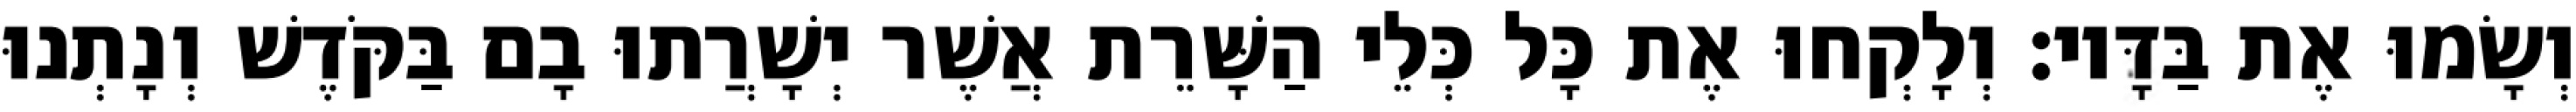
וְשָׂמוּ אֶת בַּדָּיו׃ וְלָקְחוּ אֶת כָּל כְּלֵי הַשָּׁרֵת אֲשֶׁר יְשָׁרֲתוּ בָם בַּקֹּדֶשׁ וְנָתְנוּ